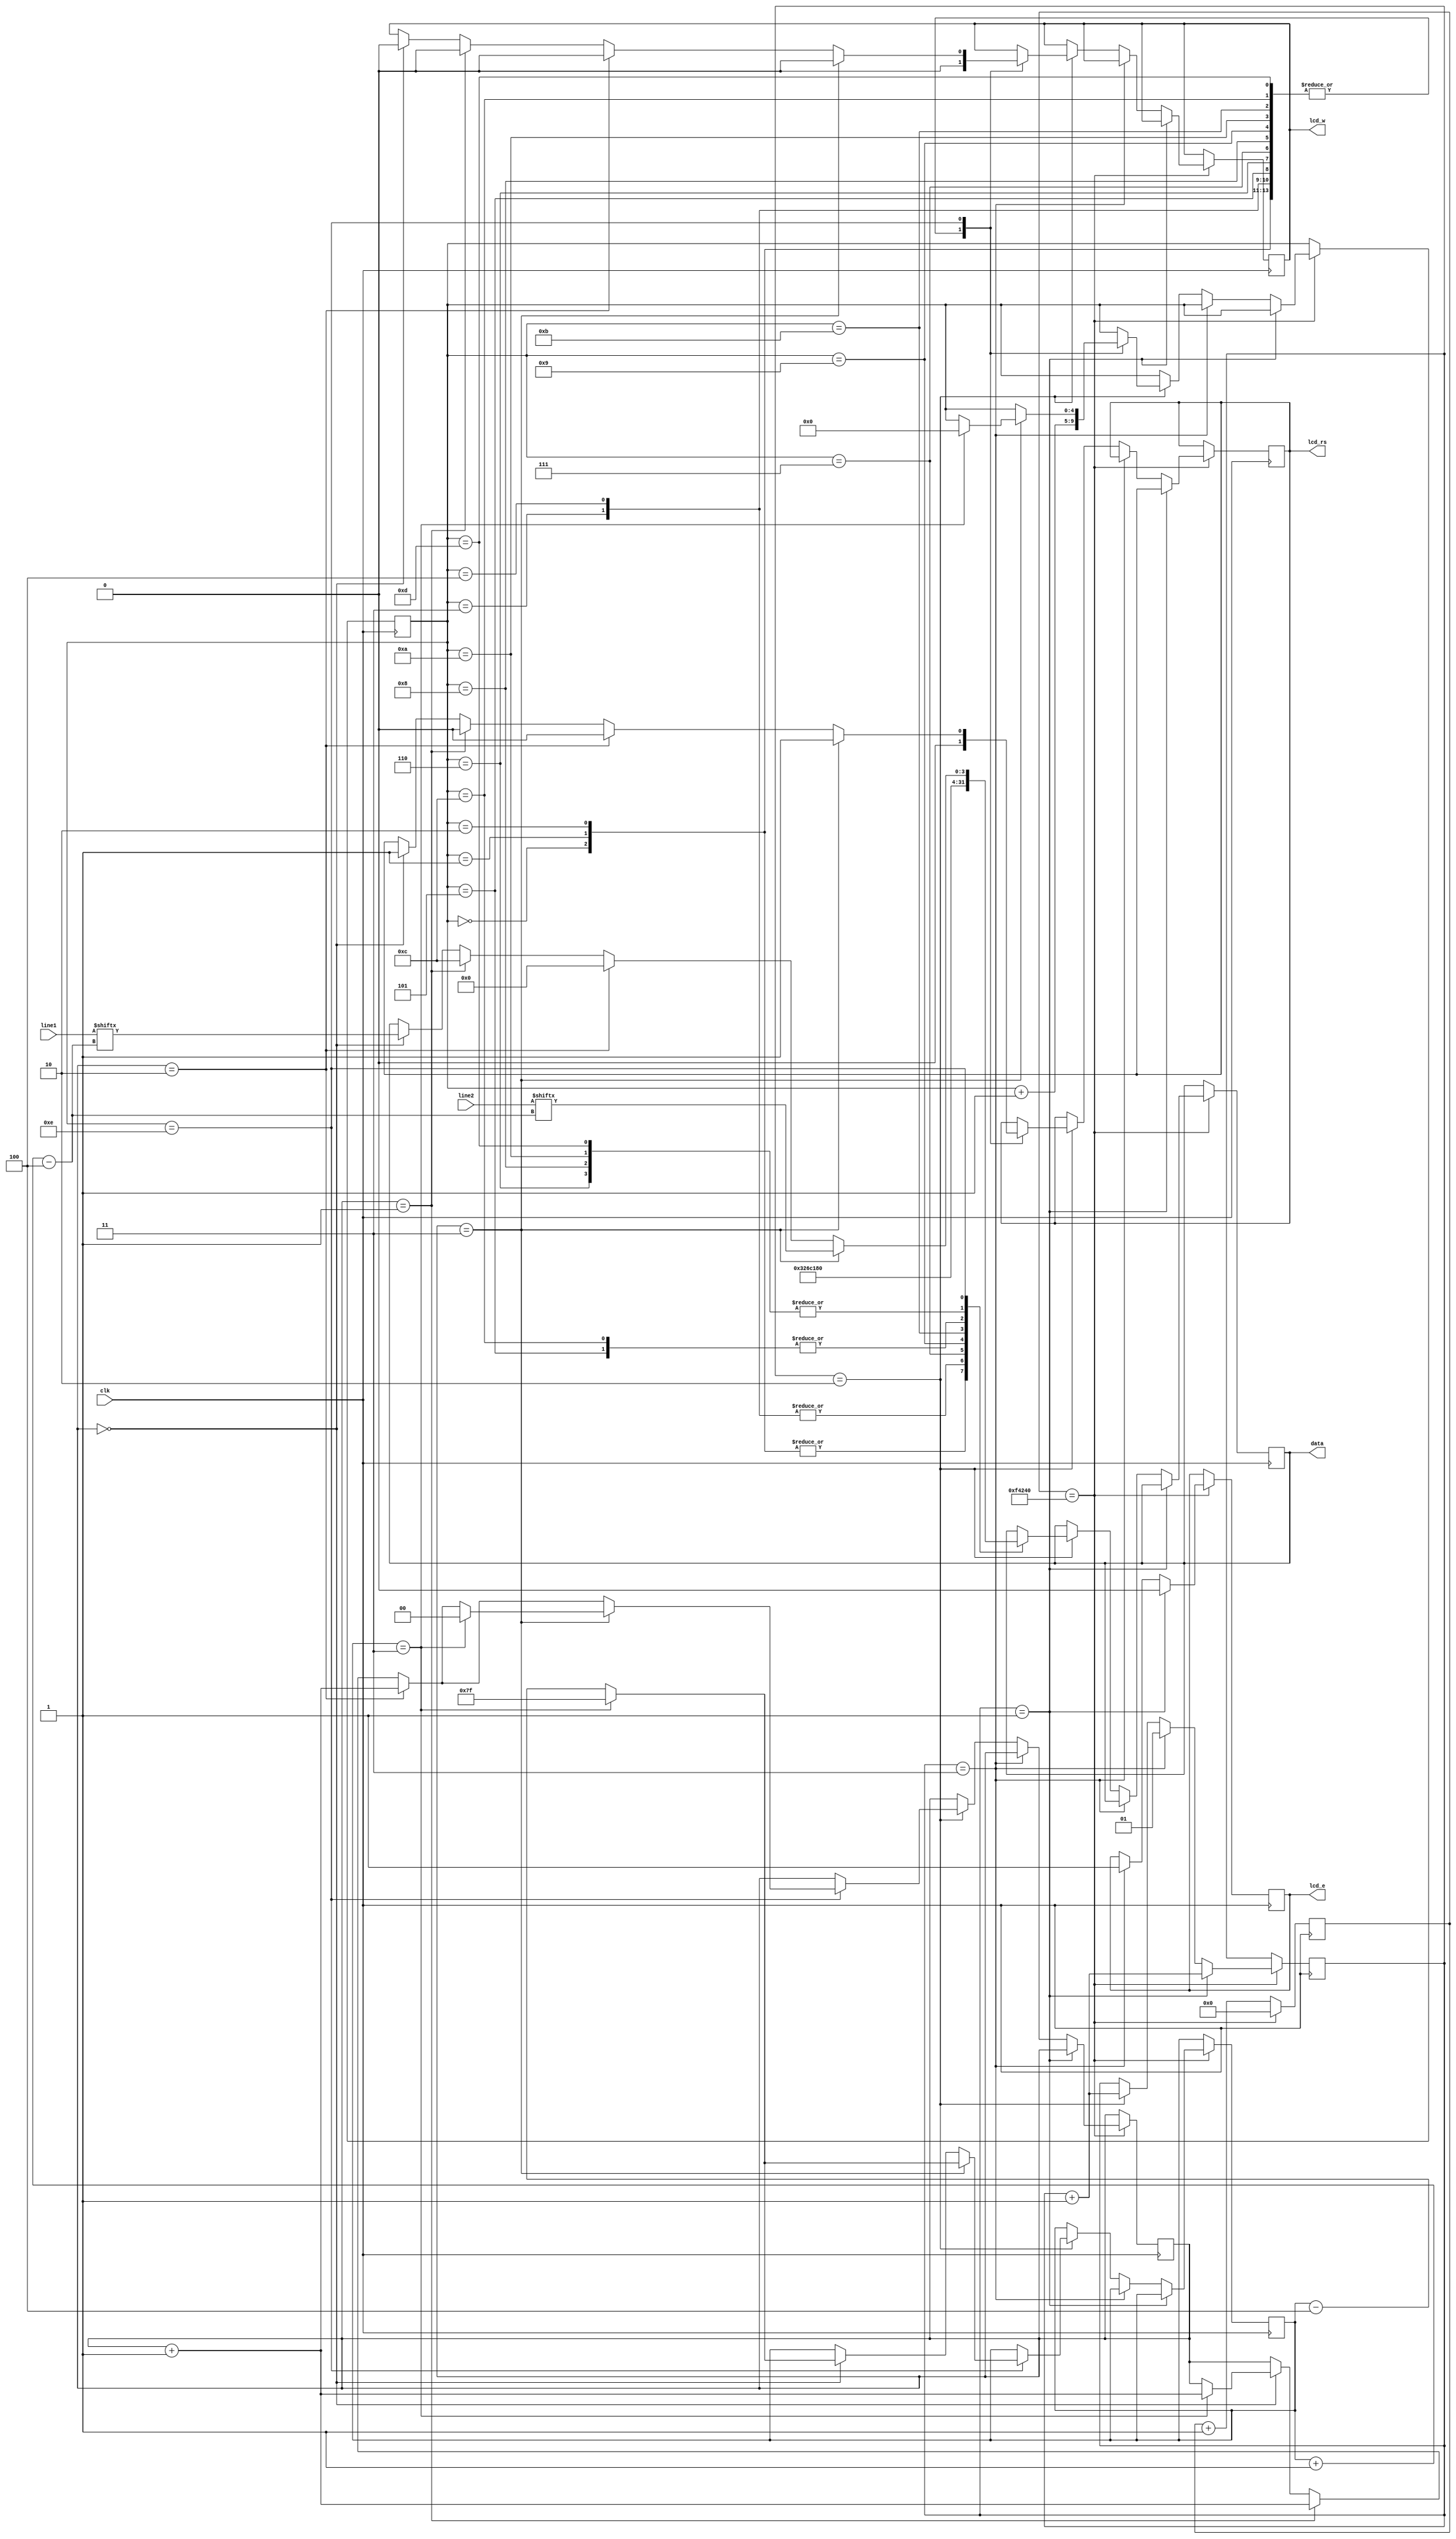
`timescale 1ns / 1ps
`define CNT 1000000
//////////////////////////////////////////////////////////////////////////////////
// Company: 
// Engineer: 
// 
// Design Name: 
// Module Name:    lcd_driver 
// Project Name: 
// Target Devices: 
// Tool versions: 
// Description: 
//
// Dependencies: 
//
// Revision: 
// Revision 0.01 - File Created
// Additional Comments: 
//
//////////////////////////////////////////////////////////////////////////////////
module lcd_driver(line1,line2,clk,lcd_rs,lcd_w,lcd_e,data
    );
	 
	 input [127:0] line1;
	 input [127:0] line2;
	 input clk;
	 output lcd_rs, lcd_w, lcd_e;
	 output [3:0] data;
	 reg lcd_rs, lcd_w, lcd_e;
	 reg [3:0] data;
	 reg [20:0] counter = 21'b0;
	 reg [1:0] step = 2'b01;
	 reg [4:0] state = 5'b0;
	 reg [1:0] linechange = 2'b0;
	 reg [7:0] pos=127;
	 reg [3:0] db;
	 
	 always @(posedge clk) begin
		if(counter==`CNT) begin
			if(step == 2'b01) begin
				lcd_e <= 1'b0;
				step <=step +1;
			end
			else if(step == 2'b11) begin
				lcd_e <=1'b1;
				step <= 2'b01;
			end
			else if(step == 2'b10) begin
				case(state)
				0:begin
				    lcd_rs <=1'b0;
					 lcd_w <=1'b0;
					 data <=4'h3;
					 state <=state+1;
					 end
			   1:begin
				    lcd_rs <=1'b0;
					 lcd_w <=1'b0;
					 data <=4'h3;
					 state <=state+1;
					 end
				2:begin
				    lcd_rs <=1'b0;
					 lcd_w <=1'b0;
					 data <=4'h3;
					 state <=state+1;
					 end
				3:begin
				    lcd_rs <=1'b0;
					 lcd_w <=1'b0;
					 data <=4'h2;
					 state <=state+1;
					 end
				4:begin
				    lcd_rs <=1'b0;
					 lcd_w <=1'b0;
					 data <=4'h2;
					 state <=state+1;
					 end
				5:begin
				    lcd_rs <=1'b0;
					 lcd_w <=1'b0;
					 data <=4'h8;
					 state <=state+1;
					 end
				6:begin
				    lcd_rs <=1'b0;
					 lcd_w <=1'b0;
					 data <=4'h0;
					 state <=state+1;
					 end
				7:begin
				    lcd_rs <=1'b0;
					 lcd_w <=1'b0;
					 data <=4'h6;
					 state <=state+1;
					 end
				8:begin
				    lcd_rs <=1'b0;
					 lcd_w <=1'b0;
					 data <=4'h0;
					 state <=state+1;
					 end
				9:begin
				    lcd_rs <=1'b0;
					 lcd_w <=1'b0;
					 data <=4'hC;
					 state <=state+1;
					 end
				10:begin
				    lcd_rs <=1'b0;
					 lcd_w <=1'b0;
					 data <=4'h0;
					 state <=state+1;
					 end
				 11:begin
				    lcd_rs <=1'b0;
					 lcd_w <=1'b0;
					 data <=4'h1;
					 state <=state+1;
					 end
				 12:begin
				    lcd_rs <=1'b0;
					 lcd_w <=1'b0;
					 data <=4'h8;
					 state <=state+1;
					 end
				 13:begin
				    lcd_rs <=1'b0;
					 lcd_w <=1'b0;
					 data <=4'h0;
					 state <=state+1;
					 end
				 14:begin
				    if(linechange == 0) begin
						db =line1[pos-:4];
						lcd_rs <= 1'b1;
						lcd_w <= 1'b0;
						data <= db[3:0];
						if(pos == 3) begin
							pos <=  127;
							linechange <= linechange + 1;
						end
						
						else  pos <= pos -4;
					
					end
					
					if(linechange == 1) begin
						lcd_rs <= 1'b0;
						lcd_w <= 1'b0;
						data <= 4'hC;
						linechange <= linechange +1;
						
					
					end
					
					if(linechange == 2) begin
						lcd_rs <= 1'b0;
						lcd_w <= 1'b0;
						data <= 4'h0;
						linechange <= linechange +1;
						
					
					end
					
					
					if(linechange == 3) begin
						db =line2[pos-:4];
						lcd_rs <= 1'b1;
						lcd_w <= 1'b0;
						data <= db[3:0];
						if(pos == 3) begin
							state <= 0;
							step <= 1;
							linechange <= 0;
							counter <=0;
							pos <=  127;
				
						end
						
						else  pos <= pos -4;
					
					end
					
				end
			endcase
			
			step <= step +1;
			
		end
		counter <= 21'b0;
	end
	else
		counter <= counter +1;
end
					
					
					
					
			
						
					
							
	 
	 



endmodule